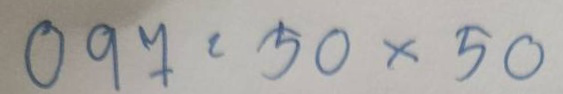
097 = 50 x 50